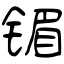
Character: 镅